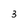
Character: 3